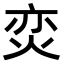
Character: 𭴢